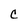
Character: C